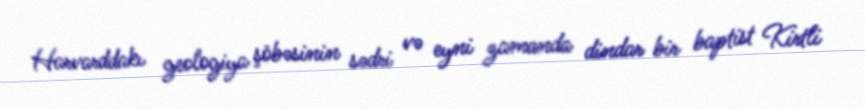
Harvarddakı geologiya şöbəsinin sədri və eyni zamanda dindar bir baptist Kirtli